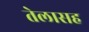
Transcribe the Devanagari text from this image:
तेलासह